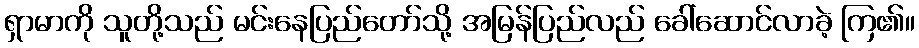
ရှာမာကို သူတို့သည် မင်းနေပြည်တော်သို့ အမြန်ပြည်လည် ခေါ်ဆောင်လာခဲ့ ကြ၏။